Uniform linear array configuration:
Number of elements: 32
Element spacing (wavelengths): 1
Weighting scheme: binomial
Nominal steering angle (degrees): -15
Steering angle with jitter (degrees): -15.875
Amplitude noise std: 0.05
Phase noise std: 0.05

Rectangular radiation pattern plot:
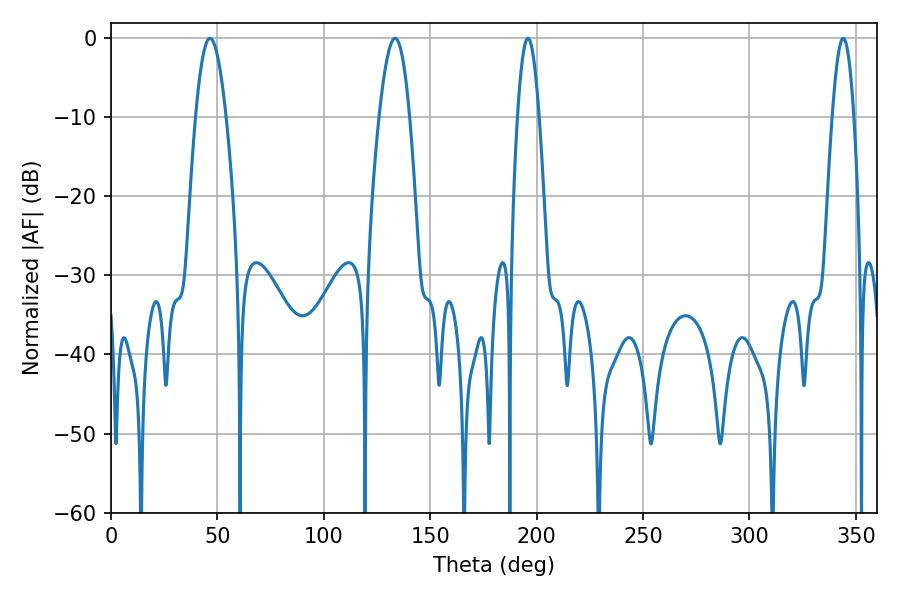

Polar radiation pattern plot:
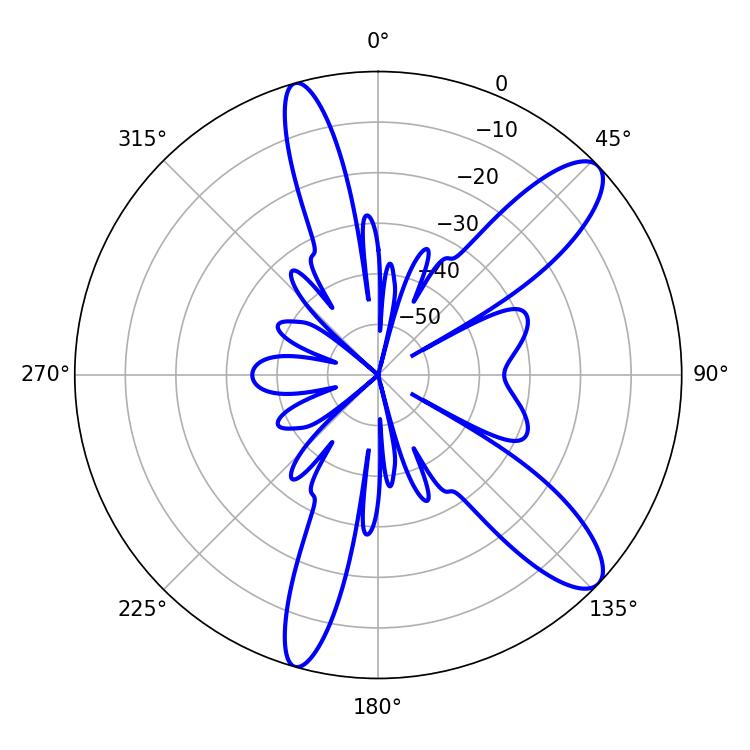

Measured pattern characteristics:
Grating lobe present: TRUE
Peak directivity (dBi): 11.063
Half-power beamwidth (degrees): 7.74
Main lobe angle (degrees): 46.44